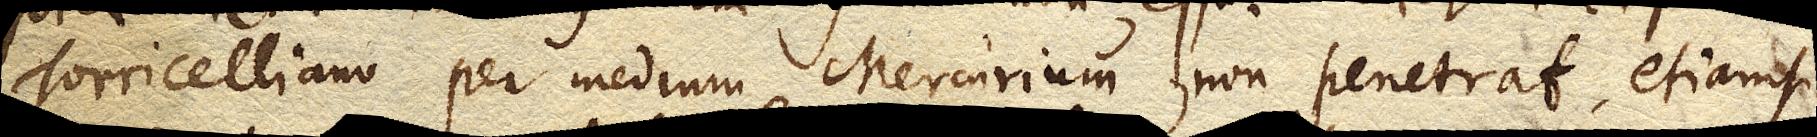
Torricelliano per medium Mercurium non penetrat, etiamsi